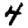
Digit: 4